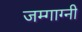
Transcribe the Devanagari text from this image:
जम्गाग्नी